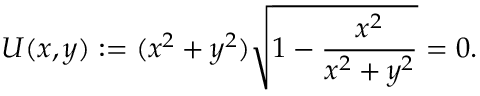
U ( x , y ) : = ( x ^ { 2 } + y ^ { 2 } ) { \sqrt { 1 - { \frac { x ^ { 2 } } { x ^ { 2 } + y ^ { 2 } } } } } = 0 .